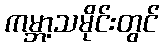
ကမ္ဘာ့သမိုင်းတွင်